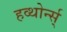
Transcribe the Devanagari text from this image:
हव्थोर्न्स्